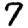
Digit: 7